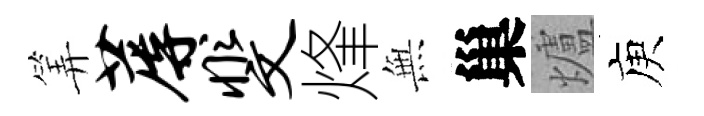
筭蓐斐烽𭴾巢爐庾